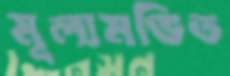
মূল্যমণ্ডিত